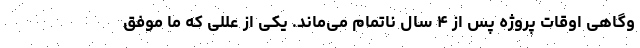
وگاهی اوقات پروژه پس از ۴ سال ناتمام می‌ماند. یکی از عللی که ما موفق